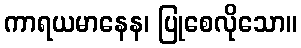
ကာရယမာနေန၊ ပြုစေလိုသော။